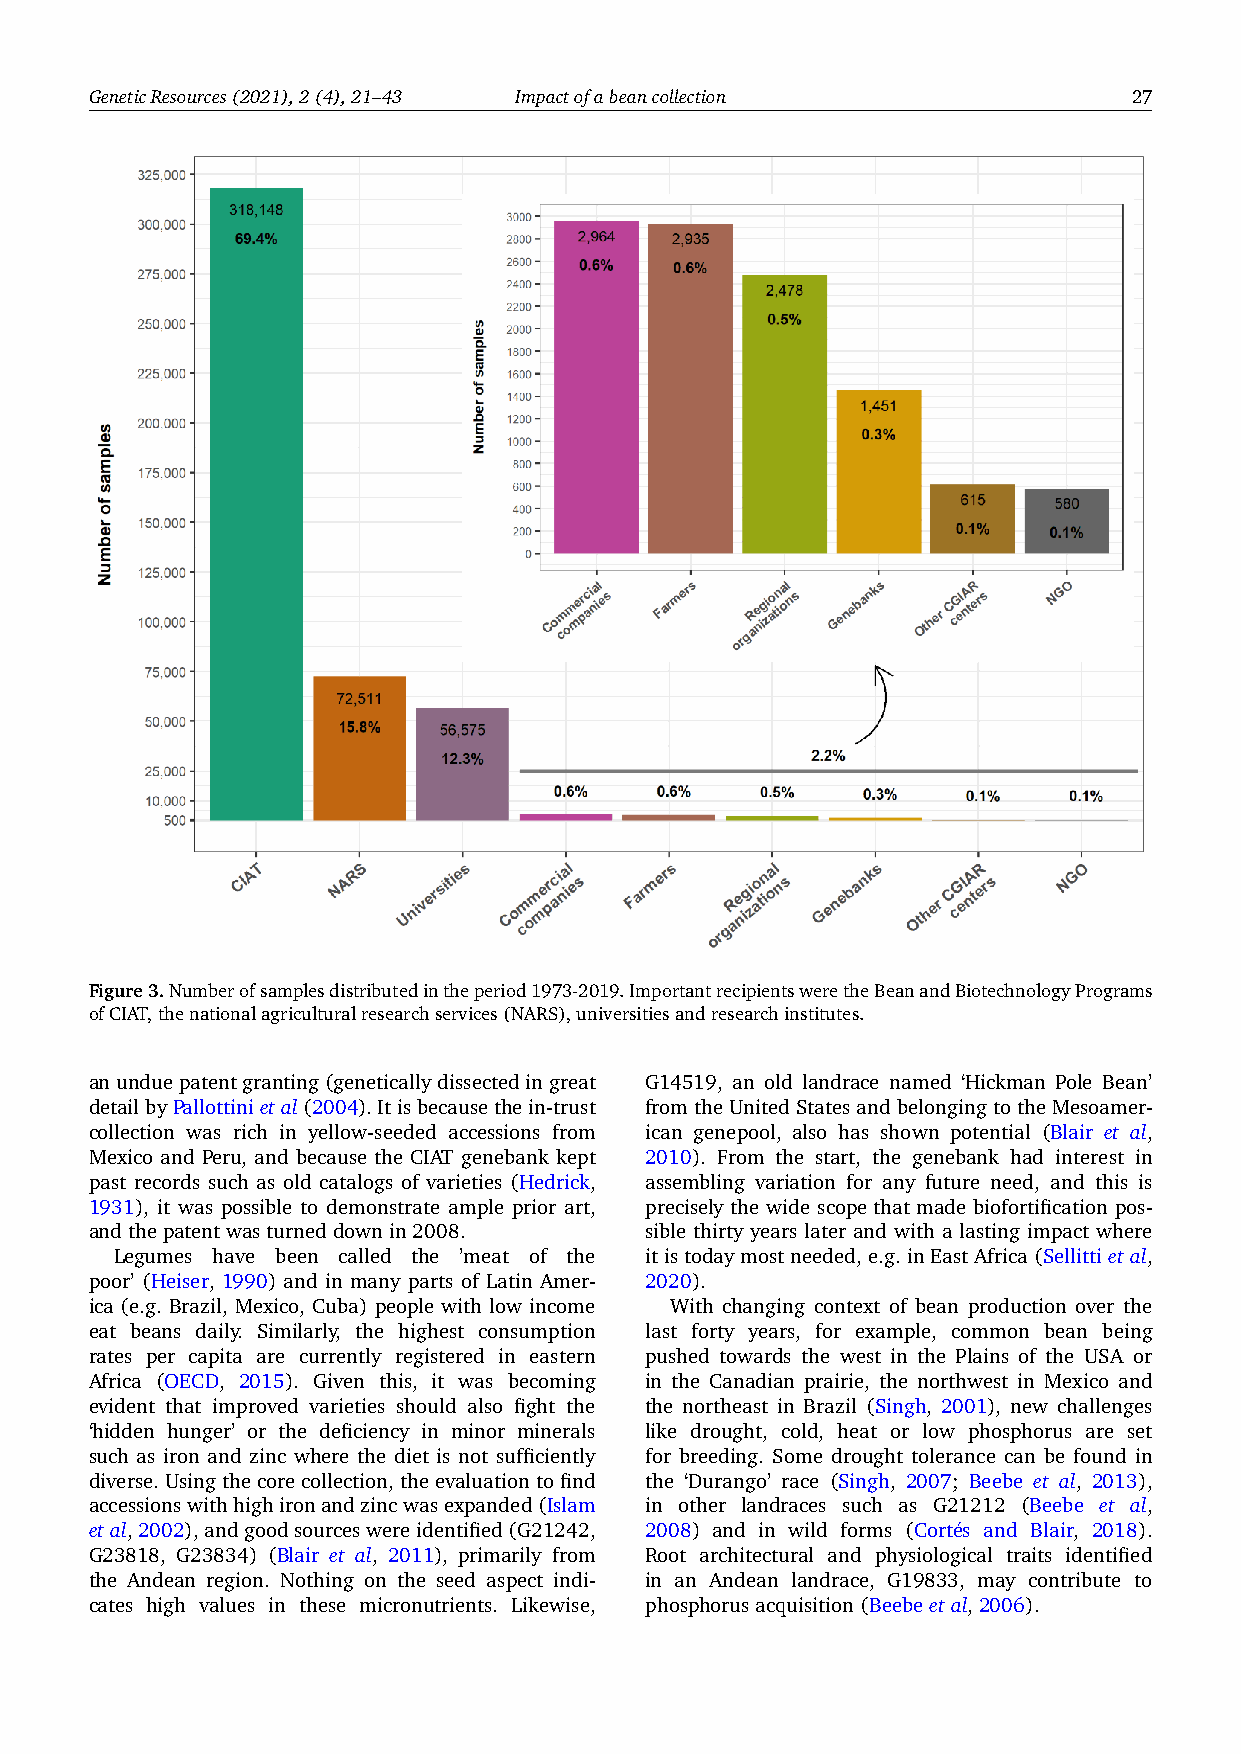
GeneticResources(2021),2(4),21–43 Impactofabeancollection            27
 Figure3.Numberofsamplesdistributedintheperiod1973-2019.ImportantrecipientsweretheBeanandBiotechnologyPrograms
 ofCIAT,thenationalagriculturalresearchservices(NARS),universitiesandresearchinstitutes.
 anunduepatentgranting(geneticallydissectedingreat G14519, an old landrace named ‘Hickman Pole Bean’
 detailbyPallottinietal(2004).Itisbecausethein-trust fromtheUnitedStatesandbelongingtotheMesoamer-
 collection was rich in yellow-seeded accessions from ican genepool, also has shown potential (Blair et al,
 Mexico and Peru, and because the CIAT genebank kept 2010). From the start, the genebank had interest in
 past records such as old catalogs of varieties (Hedrick, assembling variation for any future need, and this is
 1931), it was possible to demonstrate ample prior art, precisely the wide scope that made biofortification pos-
 andthepatentwasturneddownin2008.     sible thirty years later and with a lasting impact where
 Legumes have been called the ’meat of the itistodaymostneeded,e.g.inEastAfrica(Sellittietal,
 poor’ (Heiser, 1990) and in many parts of Latin Amer- 2020).
 ica (e.g. Brazil, Mexico, Cuba) people with low income With changing context of bean production over the
 eat beans daily. Similarly, the highest consumption last forty years, for example, common bean being
 rates per capita are currently registered in eastern pushed towards the west in the Plains of the USA or
 Africa (OECD, 2015). Given this, it was becoming in the Canadian prairie, the northwest in Mexico and
 evident that improved varieties should also fight the the northeast in Brazil (Singh, 2001), new challenges
 ‘hidden hunger’ or the deficiency in minor minerals like drought, cold, heat or low phosphorus are set
 such as iron and zinc where the diet is not sufficiently for breeding. Some drought tolerance can be found in
 diverse.Usingthecorecollection,theevaluationtofind the ‘Durango’ race (Singh, 2007; Beebe et al, 2013),
 accessionswithhighironandzincwasexpanded(Islam in other landraces such as G21212 (Beebe et al,
 etal,2002),andgoodsourceswereidentified(G21242, 2008) and in wild forms (Cort´es and Blair, 2018).
 G23818, G23834) (Blair et al, 2011), primarily from Root architectural and physiological traits identified
 the Andean region. Nothing on the seed aspect indi- in an Andean landrace, G19833, may contribute to
 cates high values in these micronutrients. Likewise, phosphorusacquisition(Beebeetal,2006).